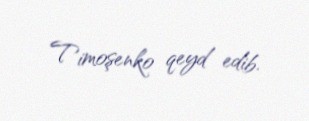
Timoşenko qeyd edib.